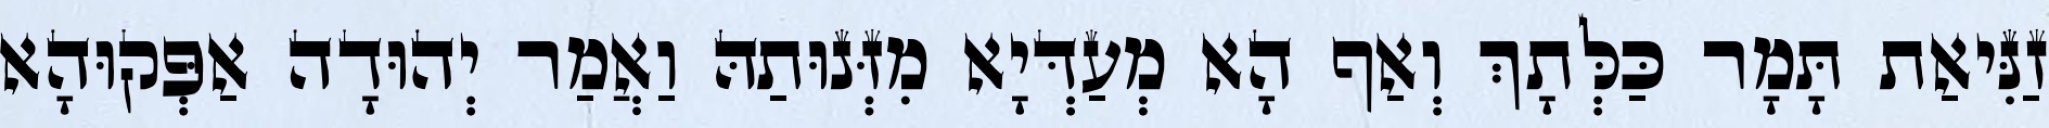
זַנִּיאַת תָּמָר כַּלְּתָךְ וְאַף הָא מְעַדְּיָא מִזְּנוּתַהּ וַאֲמַר יְהוּדָה אַפְּקוּהָא